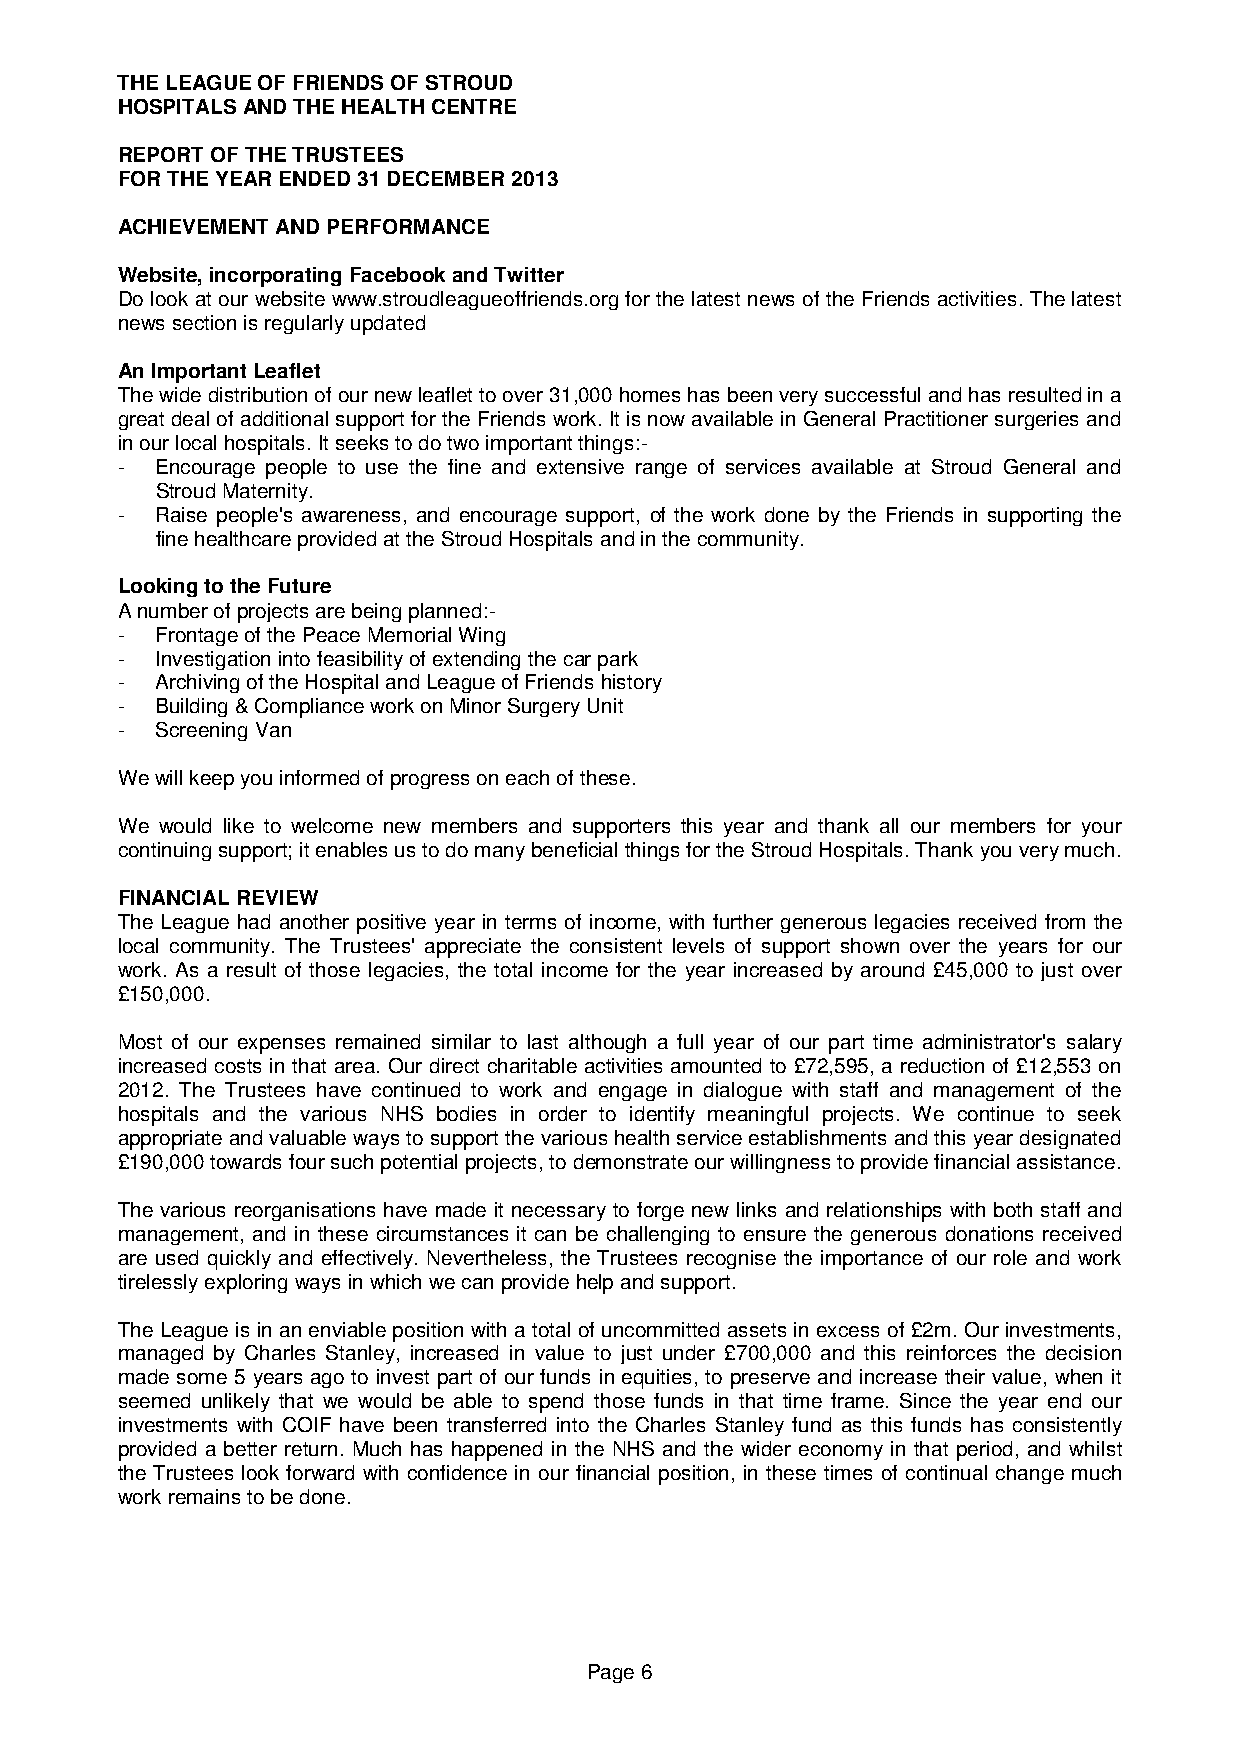
THE LEAGUE OF FRIENDS OF STROUD
 HOSPITALS AND THE HEALTH CENTRE
 REPORT OF THE TRUSTEES
 FOR THE YEAR ENDED 31 DECEMBER 2013
 ACHIEVEMENT AND PERFORMANCE
 Website, incorporating Facebook and Twitter
 Do look at our website www.stroudleagueoffriends.org for the latest news of the Friends activities. The latest
 news section is regularly updated
 An Important Leaflet
 The wide distribution of our new leaflet to over 31,000 homes has been very successful and has resulted in a
 great deal of additional support for the Friends work. It is now available in General Practitioner surgeries and
 in our local hospitals. It seeks to do two important things:-
 - Encourage people to use the fine and extensive range of services available at Stroud General and
 Stroud Maternity.
 - Raise people's awareness, and encourage support, of the work done by the Friends in supporting the
 fine healthcare provided at the Stroud Hospitals and in the community.
 Looking to the Future
 A number of projects are being planned:-
 - Frontage of the Peace Memorial Wing
 - Investigation into feasibility of extending the car park
 - Archiving of the Hospital and League of Friends history
 - Building & Compliance work on Minor Surgery Unit
 - Screening Van
 We will keep you informed of progress on each of these.
 We would like to welcome new members and supporters this year and thank all our members for your
 continuing support; it enables us to do many beneficial things for the Stroud Hospitals. Thank you very much.
 FINANCIAL REVIEW
 The League had another positive year in terms of income, with further generous legacies received from the
 local community. The Trustees' appreciate the consistent levels of support shown over the years for our
 work. As a result of those legacies, the total income for the year increased by around £45,000 to just over
 £150,000.
 Most of our expenses remained similar to last although a full year of our part time administrator's salary
 increased costs in that area. Our direct charitable activities amounted to £72,595, a reduction of £12,553 on
 2012. The Trustees have continued to work and engage in dialogue with staff and management of the
 hospitals and the various NHS bodies in order to identify meaningful projects. We continue to seek
 appropriate and valuable ways to support the various health service establishments and this year designated
 £190,000 towards four such potential projects, to demonstrate our willingness to provide financial assistance.
 The various reorganisations have made it necessary to forge new links and relationships with both staff and
 management, and in these circumstances it can be challenging to ensure the generous donations received
 are used quickly and effectively. Nevertheless, the Trustees recognise the importance of our role and work
 tirelessly exploring ways in which we can provide help and support.
 The League is in an enviable position with a total of uncommitted assets in excess of £2m. Our investments,
 managed by Charles Stanley, increased in value to just under £700,000 and this reinforces the decision
 made some 5 years ago to invest part of our funds in equities, to preserve and increase their value, when it
 seemed unlikely that we would be able to spend those funds in that time frame. Since the year end our
 investments with COIF have been transferred into the Charles Stanley fund as this funds has consistently
 provided a better return. Much has happened in the NHS and the wider economy in that period, and whilst
 the Trustees look forward with confidence in our financial position, in these times of continual change much
 work remains to be done.
 Page 6